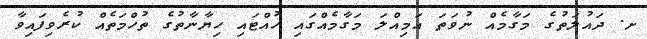
ށ. ދައުލަތުގެ މަގާމެއް ނުވަތަ އަމިއްލަ މަގާމެއްގައި ހުއްޓައި ހިޔާނާތުގެ ތުހްމަތެއް ކުރެވިފައިވާ